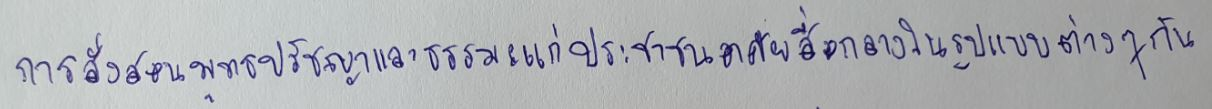
การสั่งสอนพุทธปรัชญาและธรรมะแก่ประชาชนอาศัยสื่อกลางในรูปแบบต่างๆกัน